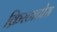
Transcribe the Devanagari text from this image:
क्रिस्टाटोस